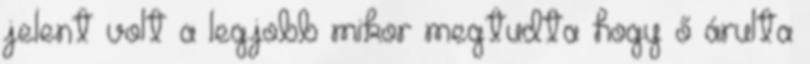
jelent volt a legjobb mikor megtudta hogy ő árulta